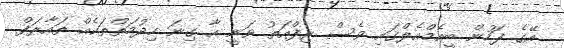
އޭގެ ފަހުން ބީއެމްއެލްގައި ވެސް ރިފްއަތު ވަނީ އާ ގިނަ ހިދުމަތްތަކެއް ތައާރަފް